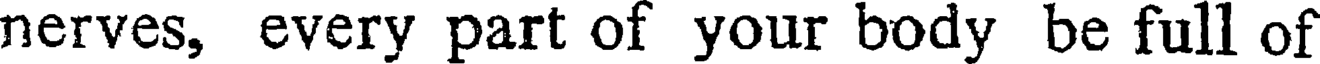
nerves, every part of your body be full of